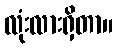
လုံးလားရှိတာ။